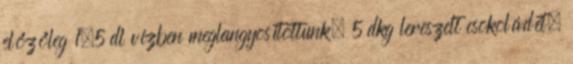
előzőleg 1,5 dl vízben meglangyosítottunk, 5 dkg lereszelt csokoládét,